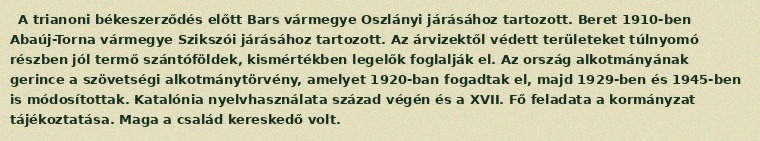
A trianoni békeszerződés előtt Bars vármegye Oszlányi járásához tartozott. Beret 1910-ben Abaúj-Torna vármegye Szikszói járásához tartozott. Az árvizektől védett területeket túlnyomó részben jól termő szántóföldek, kismértékben legelők foglalják el. Az ország alkotmányának gerince a szövetségi alkotmánytörvény, amelyet 1920-ban fogadtak el, majd 1929-ben és 1945-ben is módosítottak. Katalónia nyelvhasználata század végén és a XVII. Fő feladata a kormányzat tájékoztatása. Maga a család kereskedő volt.